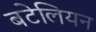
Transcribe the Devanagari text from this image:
बटेलियन